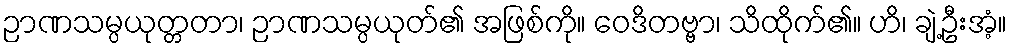
ဉာဏသမ္ပယုတ္တတာ၊ ဉာဏသမ္ပယုတ်၏ အဖြစ်ကို။ ဝေဒိတဗ္ဗာ၊ သိထိုက်၏။ ဟိ၊ ချဲ့ဦးအံ့။